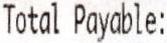
TOTAL PAYABLE: